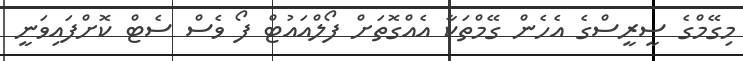
މިގޭމްގެ ސީރީސްގެ އެހެން ގޭމްތަކާ އެއްގޮތަށް ފޯލްއައުޓް ފޯ ވެސް ސެޓް ކޮށްފައިވަނީ